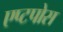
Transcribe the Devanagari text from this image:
एप्टपोस